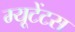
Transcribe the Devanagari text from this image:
म्यूटेंटस